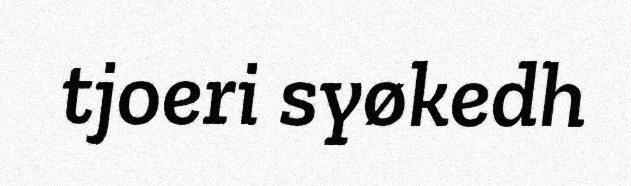
tjoeri syøkedh